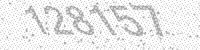
Solution: 128157